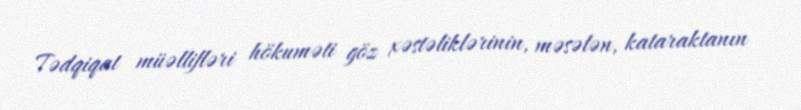
Tədqiqat müəllifləri hökuməti göz xəstəliklərinin, məsələn, kataraktanın